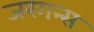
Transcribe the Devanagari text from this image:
जरगन्स